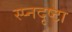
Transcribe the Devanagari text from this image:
स्प्नदृष्टा